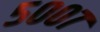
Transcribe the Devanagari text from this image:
५००७